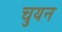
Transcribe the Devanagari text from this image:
चुयन